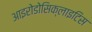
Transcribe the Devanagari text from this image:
आइरोडोसिक्लाइटिस